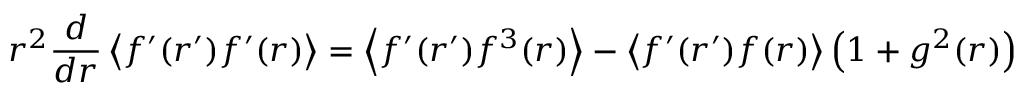
r ^ { 2 } \frac { d } { d r } \left\langle f ^ { \prime } ( r ^ { \prime } ) f ^ { \prime } ( r ) \right\rangle = \left\langle f ^ { \prime } ( r ^ { \prime } ) f ^ { 3 } ( r ) \right\rangle - \left\langle f ^ { \prime } ( r ^ { \prime } ) f ( r ) \right\rangle \left( 1 + g ^ { 2 } ( r ) \right)